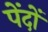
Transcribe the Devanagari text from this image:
पेंदों